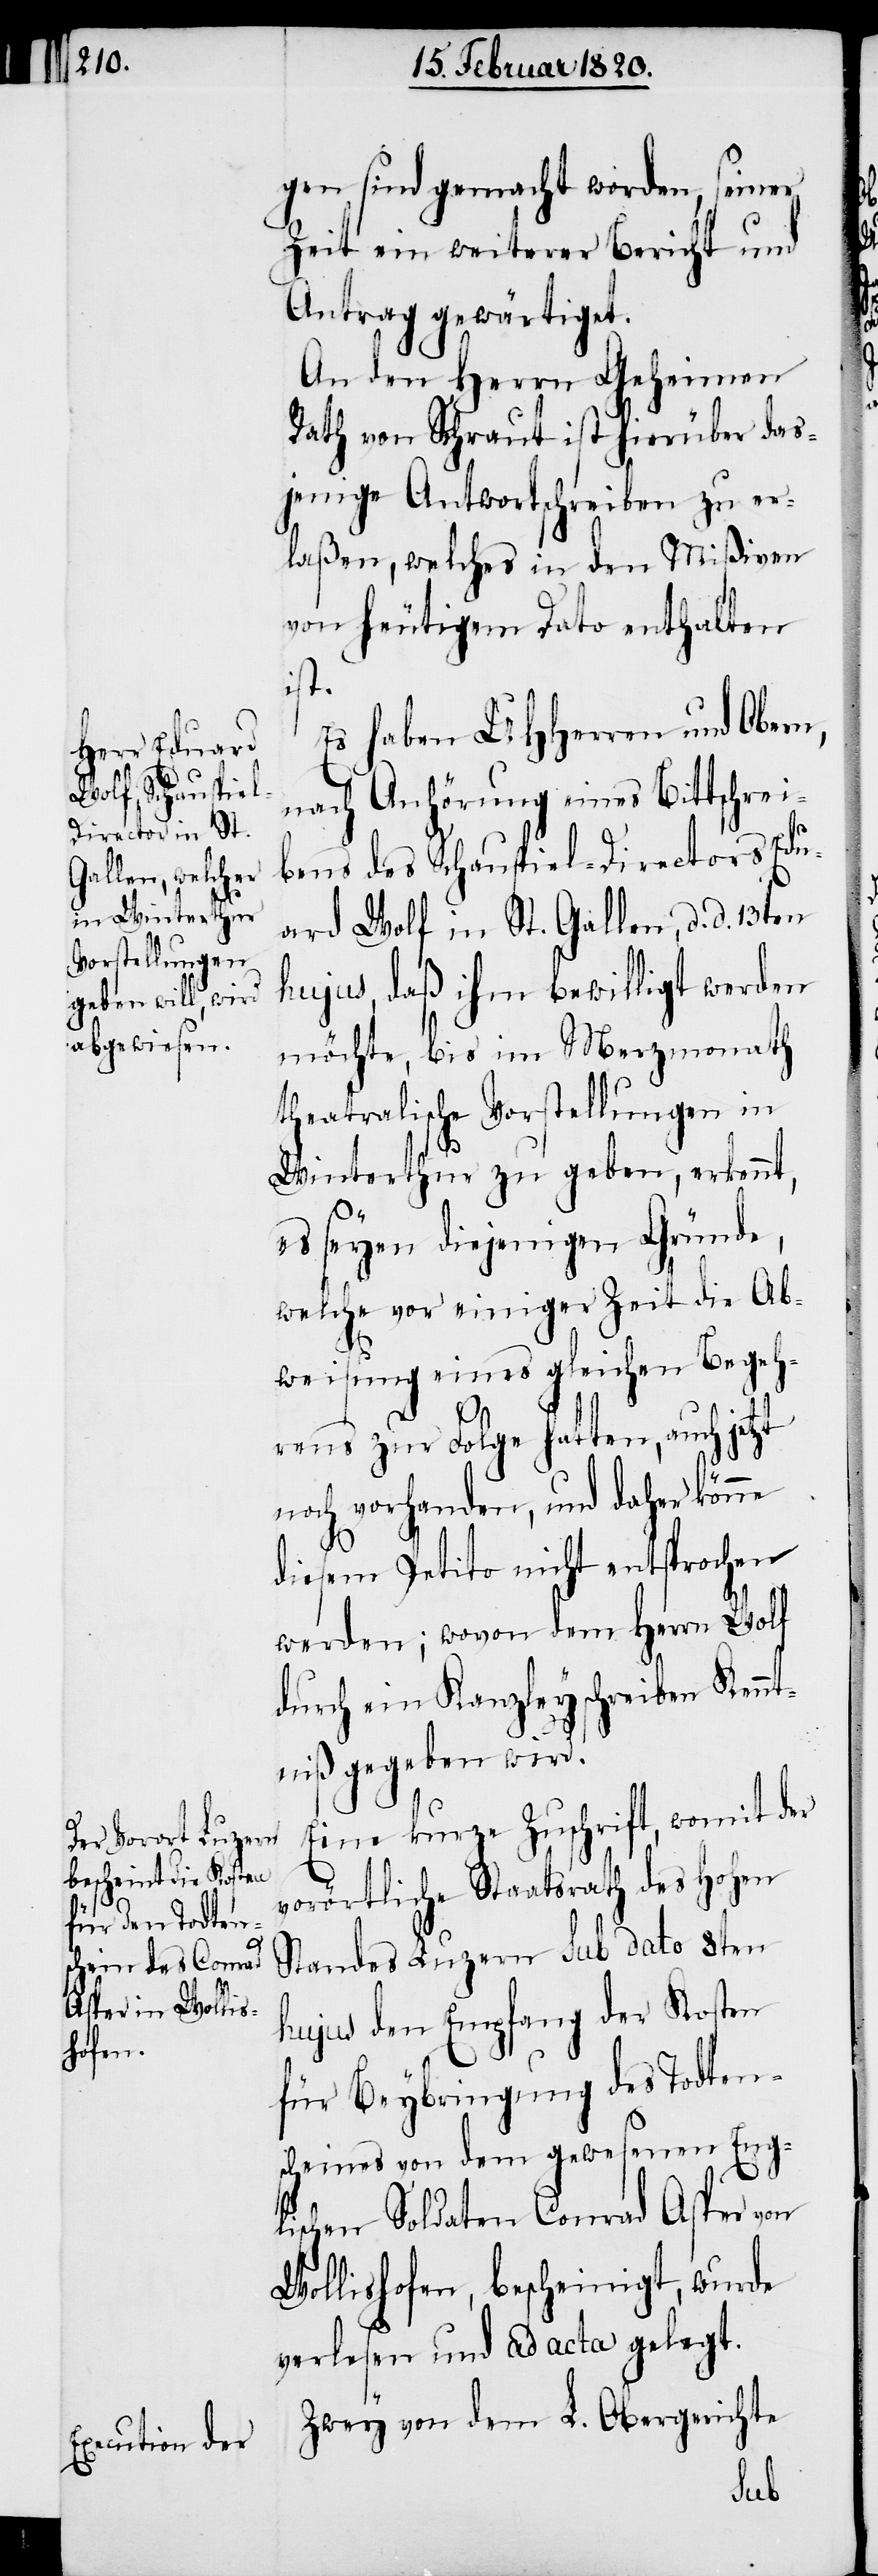
gen sind gemacht worden, seiner
Zeit ein weiterer Bericht und
Antrag gewärtiget.
An den Herrn Geheimen
Rath von Schraut ist hierüber das¬
jenige Antwortschreiben zu er¬
laßen, welches in den Mißiven
von heutigem Dato enthalten
ist.
Es haben UHHerren und Obern,
nach Anhörung eines Bittschrei¬
bens des Schauspiel-Directors Edu¬
ard Wolf in St. Gallen, d. d. 13ten
hujus, daß ihm bewilligt werden
möchte, bis im Merzmonath
theatralische Vorstellungen in
Winterthur zu geben, erkennt,
es seyen diejenigen Gründe,
welche vor einiger Zeit die Ab¬
weisung eines gleichen Begeh¬
rens zur Folge hatten, auch jetzt
noch vorhanden, und daher könne
diesem Petito nicht entsprochen
werden; wovon dem Herrn Wolf
durch ein Kanzleyschreiben Kennt¬
niß gegeben wird.
Eine kurze Zuschrift, womit der
vorörtliche Staatsrath des Hohen
Standes Luzern sub dato 8ten
hujus den Empfang der Kosten
für Beybringung des Todten¬
scheines von dem gewesenen Engl¬
ischen Soldaten Conrad Asper von
Wollishofen, bescheinigt, wurde
verlesen und ad acta gelegt.
Zwey von dem L. Obergerichte